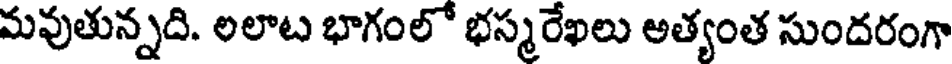
మవుతున్నది. లలాట భాగంలో భస్మరేఖలు అత్యంత సుందరంగా